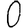
Digit: 0